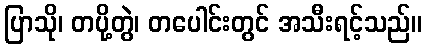
ပြာသို၊ တပို့တွဲ၊ တပေါင်းတွင် အသီးရင့်သည်။